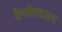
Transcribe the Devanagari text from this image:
कैंपबेलटाउन